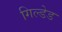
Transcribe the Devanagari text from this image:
गिल्डेड